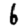
Digit: 6